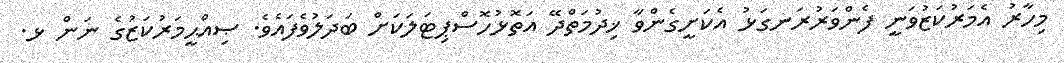
މިހާރު އެމަރުކަޒުވަނީ ފެންވަރުރަނގަޅު އެކަށީގެންވާ ޚިދުމަތްދޭ އަތޮޅުހޮސްޕިޓަލަކަށް ބަދަލުވެފައެވެ. ޞިއްޙީމަރުކަޒުގެ ނަން ޅ.